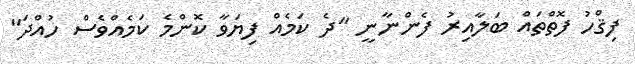
ފިޤްހު ފޮތްތައް ބަލާއިރު ފެންނާނީ "ދެ ކަމެއް ފިޔަވާ ކޮންމެ ކަމެއްވެސް ހުއްދަ"